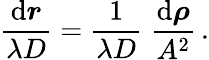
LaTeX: {\frac{\mathrm{d}\boldsymbol r}{\lambda D}}={\frac{1}{\lambda D}}\; {\frac{\mathrm{d}\boldsymbol\rho}{A^{2}}}\, .